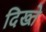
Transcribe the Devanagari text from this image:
दिख्ते